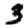
Digit: 3